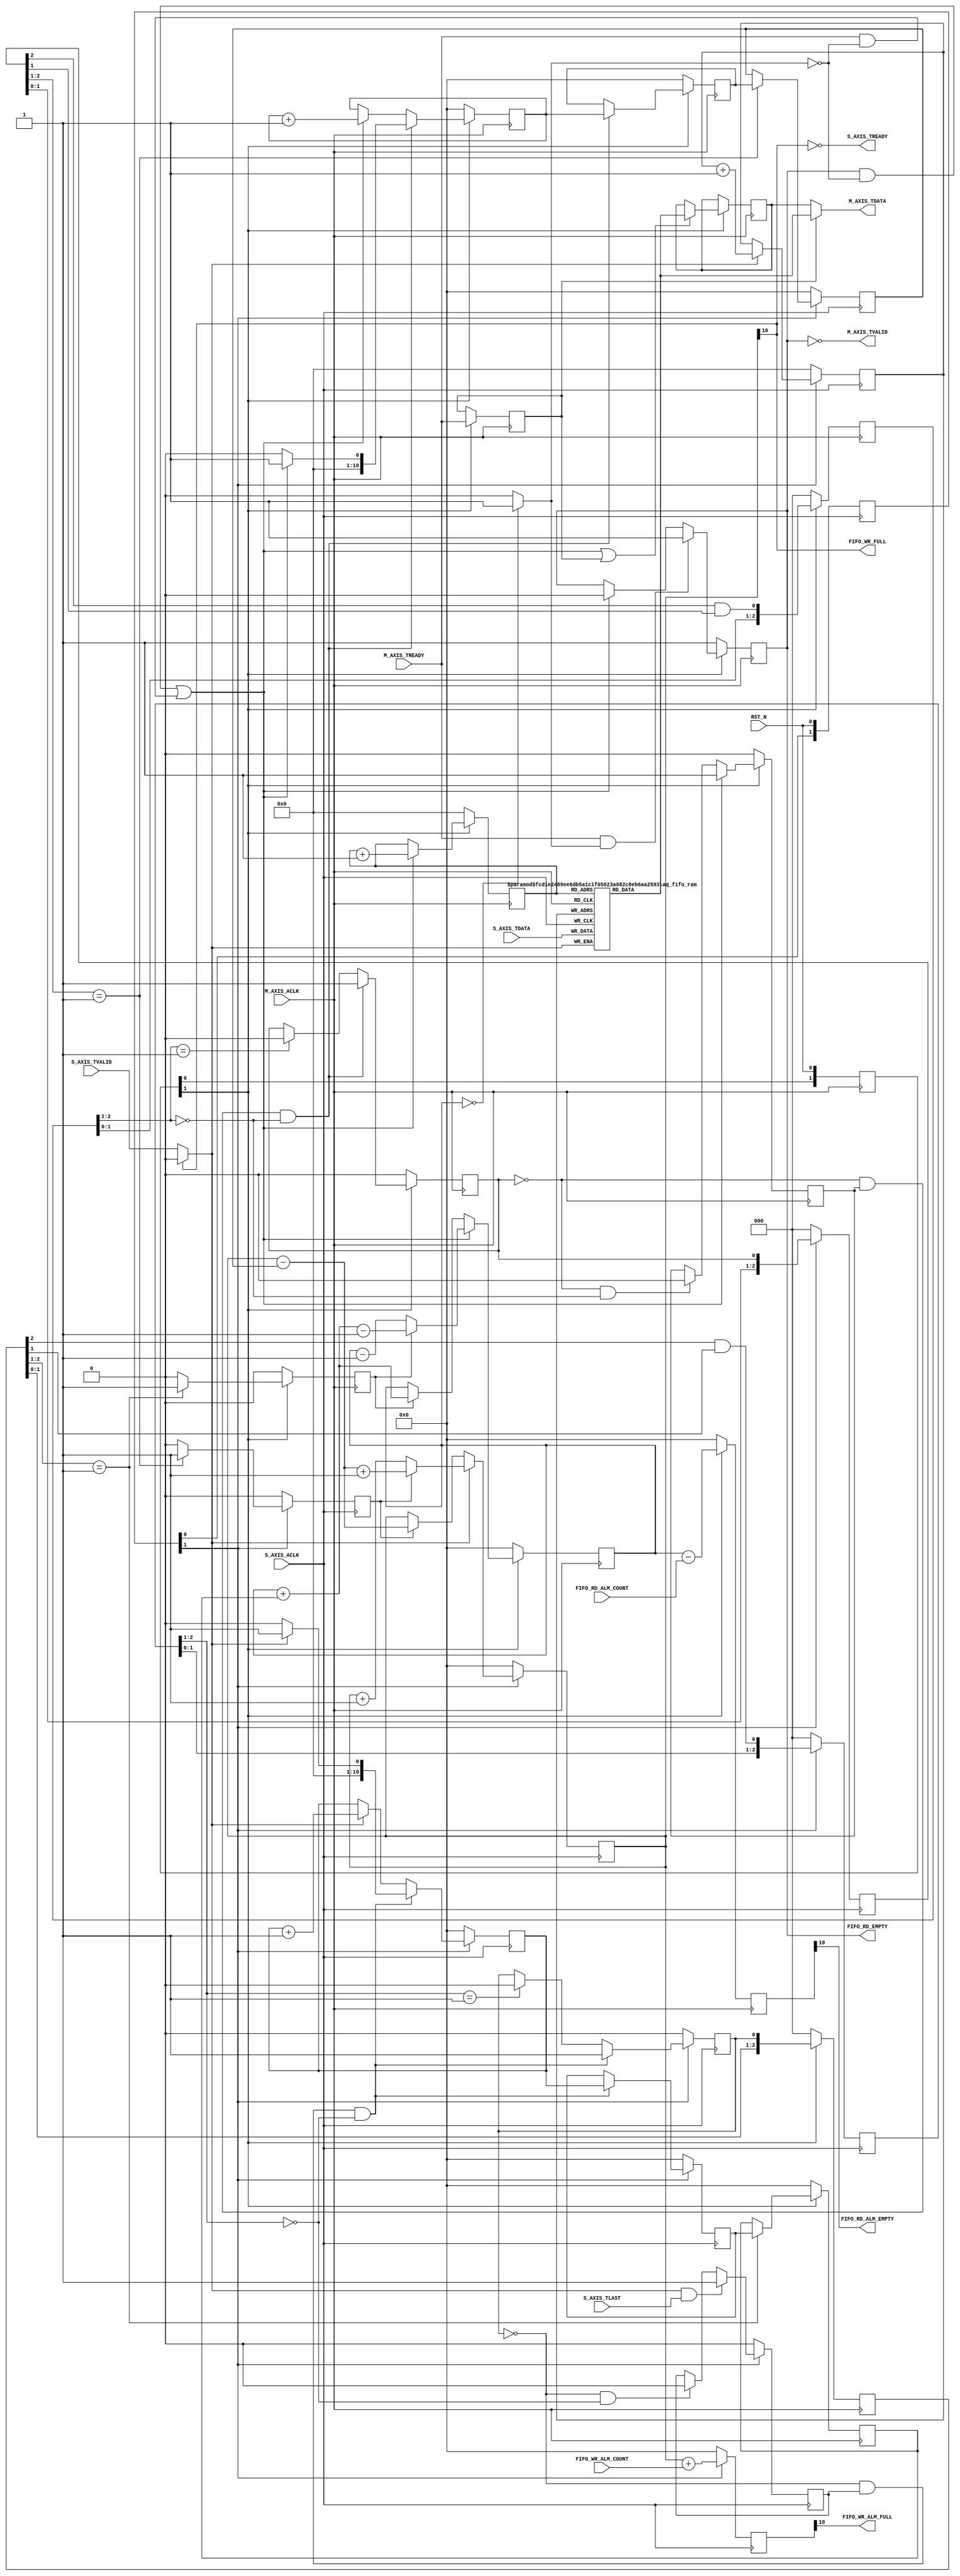
/*
 * Don't remove this header.
 * When you use this source, there is a need to inherit this header.
 *
 * Copyright (C)2007-2021 AQUAXIS TECHNOLOGY.
 *
 * License: MIT License
 *
 * For further information please contact.
 *  URI:    http://www.aquaxis.com/
 */
module aq_fifo
#(
  parameter FIFO_DEPTH  = 10,
  parameter FIFO_WIDTH  = 64
)
(
  input                     RST_N,

  input                     S_AXIS_ACLK,
  input                     S_AXIS_TVALID,
  output                    S_AXIS_TREADY,
  input                     S_AXIS_TLAST,
  input [FIFO_WIDTH -1:0]   S_AXIS_TDATA,

  output                    FIFO_WR_FULL,
  output                    FIFO_WR_ALM_FULL,
  input [FIFO_DEPTH -1:0]   FIFO_WR_ALM_COUNT,

  input                     M_AXIS_ACLK,
  output                    M_AXIS_TVALID,
  input                     M_AXIS_TREADY,
  output [FIFO_WIDTH -1:0]  M_AXIS_TDATA,

  output                    FIFO_RD_EMPTY,
  output                    FIFO_RD_ALM_EMPTY,
  input [FIFO_DEPTH -1:0]   FIFO_RD_ALM_COUNT
);

  reg [1:0]                 reg_wr_rst_n, reg_rd_rst_n;
  wire                      wr_rst_n, rd_rst_n;

  always @(posedge S_AXIS_ACLK) begin
    reg_wr_rst_n <= {reg_wr_rst_n[0], RST_N};
  end
  assign wr_rst_n = reg_wr_rst_n[1];

  always @(posedge M_AXIS_ACLK) begin
    reg_rd_rst_n <= {reg_rd_rst_n[0], RST_N};
  end
  assign rd_rst_n = reg_rd_rst_n[1];

  wire                      wr_ena, wr_full;
  reg                       wr_ena_req_pre, wr_ena_req;
  reg                       wr_rd_ena;
  reg [2:0]                 wr_rd_ena_d;
  wire                      wr_rd_ena_ack;
  reg                       wr_rd_empty;
  reg [FIFO_DEPTH -1:0]     wr_adrs;
  reg [FIFO_DEPTH :0]       wr_count, wr_alm_count, wr_count_req_pre, wr_count_req, wr_rd_count;

  wire                      rd_ena, rd_empty;
  reg                       rd_ena_d;
  reg                       rd_ena_req_pre, rd_ena_req;
  reg                       rd_wr_ena;
  reg [2:0]                 rd_wr_ena_d;
  wire                      rd_wr_ena_ack;
  reg                       rd_wr_full;
  reg [FIFO_DEPTH -1:0]     rd_adrs;
  reg [FIFO_DEPTH :0]       rd_count, rd_alm_count, rd_count_req_pre, rd_count_req, rd_wr_count;

  wire                      rsv_ena;
  reg                       rsv_empty;
  reg [FIFO_WIDTH -1:0]     rsv_data;

  wire [FIFO_WIDTH -1:0]    rd_fifo;

  /////////////////////////////////////////////////////////////////////
  // Write Block
  assign wr_full  = wr_count[FIFO_DEPTH];
  assign wr_ena   = (!wr_full)?(S_AXIS_TVALID):1'b0;

  // Write Address
  always @(posedge S_AXIS_ACLK) begin
    if(!wr_rst_n) begin
      wr_adrs        <= 0;
    end else begin
      if(wr_ena) wr_adrs  <= wr_adrs + 1;
    end
  end

  // make a full and almost full signal
  always @(posedge S_AXIS_ACLK) begin
    if(!wr_rst_n) begin
      wr_count      <= 0;
      wr_alm_count  <= 0;
    end else begin
      if(wr_ena) begin
        if(wr_rd_ena) begin
          wr_count  <= wr_count - wr_rd_count + 1;
        end else begin
          wr_count  <= wr_count + 1;
        end
      end else if(wr_rd_ena) begin
        wr_count    <= wr_count - wr_rd_count;
      end
      wr_alm_count  <= wr_count + {1'b0, FIFO_WR_ALM_COUNT};
    end
  end

  // Read Control signal from Read Block
   always @(posedge S_AXIS_ACLK) begin
    if(!wr_rst_n) begin
      wr_rd_count       <= {(FIFO_DEPTH+1){1'b0}};
      wr_rd_ena_d[2:0]  <= 3'd0;
      wr_rd_empty       <= 1'b0;
      wr_rd_ena         <= 1'b0;
    end else begin
      wr_rd_ena_d[2:0]  <= {wr_rd_ena_d[1:0], rd_ena_req};
      if(wr_rd_ena_d[2:1] == 2'b01) begin
        wr_rd_ena       <= 1'b1;
        wr_rd_count     <= rd_count_req;
        wr_rd_empty     <= rd_empty;
      end else begin
        wr_rd_ena       <= 1'b0;
      end
    end
  end
  assign wr_rd_ena_ack  = wr_rd_ena_d[2] & wr_rd_ena_d[1];

  // Send a write enable signal for Read Block
  reg [2:0] wr_rd_ack_d;
  always @(posedge S_AXIS_ACLK) begin
    if(!wr_rst_n) begin
      wr_ena_req_pre    <= 1'b0;
      wr_ena_req        <= 1'b0;
      wr_count_req_pre  <= 0;
      wr_count_req      <= 0;
      wr_rd_ack_d       <= 3'd0;
    end else begin
      wr_rd_ack_d[2:0]  <= {wr_rd_ack_d[1:0], rd_wr_ena_ack};
      if(wr_ena & S_AXIS_TLAST) begin
        wr_ena_req_pre  <= 1'b1;
      end else if(~wr_ena_req & (wr_rd_ack_d[2:1] == 2'b00)) begin
        wr_ena_req_pre  <= 1'b0;
      end
      if(~wr_ena_req & wr_ena_req_pre & (wr_rd_ack_d[2:1] == 2'b00)) begin
        if(wr_ena) begin
          wr_count_req_pre  <= 1;
        end else begin
          wr_count_req_pre  <= 0;
        end
      end else if(wr_ena) begin
        wr_count_req_pre    <= wr_count_req_pre + 1;
      end
      if(~wr_ena_req & wr_ena_req_pre & (wr_rd_ack_d[2:1] == 2'b00)) begin
        wr_ena_req    <= 1'b1;
        wr_count_req  <= wr_count_req_pre;
      end else if(wr_rd_ack_d[2:1] == 2'b01) begin
        wr_ena_req    <= 1'b0;
      end
    end
  end

  // output signals
  assign S_AXIS_TREADY      = ~wr_count[FIFO_DEPTH];
  assign FIFO_WR_FULL       = wr_count[FIFO_DEPTH];
  assign FIFO_WR_ALM_FULL   = wr_alm_count[FIFO_DEPTH];

  /////////////////////////////////////////////////////////////////////
  // Read Block
  assign rd_empty = (rd_count == 0)?1'b1:1'b0;
  assign rsv_ena  = rsv_empty & ~rd_empty;
  assign rd_ena   = rsv_ena | (M_AXIS_TREADY & ~rd_empty);

  // Read Address
  always @(posedge M_AXIS_ACLK) begin
    if(!rd_rst_n) begin
      rd_adrs    <= 0;
    end else begin
      if(rd_ena) begin
        rd_adrs  <= rd_adrs + 1;
      end
    end
  end

  // make a empty and almost empty signal
  always @(posedge M_AXIS_ACLK) begin
    if(!rd_rst_n) begin
      rd_count      <= 0;
      rd_alm_count  <= 0;
    end else begin
      if(rd_ena) begin
        if(rd_wr_ena) begin
          rd_count  <= rd_count + rd_wr_count - 1;
        end else begin
          rd_count  <= rd_count - 1;
        end
      end else if(rd_wr_ena) begin
        rd_count    <= rd_count + rd_wr_count;
      end
      rd_alm_count  <= rd_count - {1'b0, FIFO_RD_ALM_COUNT};
    end
  end

  // Write Control signal from Write Block
  always @(posedge M_AXIS_ACLK) begin
    if(!rd_rst_n) begin
      rd_wr_ena_d[2:0]  <= 3'd0;
      rd_wr_count       <= {(FIFO_DEPTH+1){1'b0}};
      rd_wr_full        <= 1'b0;
      rd_wr_ena         <= 1'b0;
    end else begin
      rd_wr_ena_d[2:0]  <= {rd_wr_ena_d[1:0], wr_ena_req};
      if(rd_wr_ena_d[2:1] == 2'b01) begin
        rd_wr_ena       <= 1'b1;
        rd_wr_count     <= wr_count_req;
        rd_wr_full      <= wr_count[FIFO_DEPTH];
      end else begin
        rd_wr_ena       <= 1'b0;
      end
    end
  end

  // Write enable signal from write block
  assign rd_wr_ena_ack  = rd_wr_ena_d[2] & rd_wr_ena_d[1];

  // Send a read enable signal for Write Block
  reg [2:0] rd_wr_ack_d;
  always @(posedge M_AXIS_ACLK) begin
    if(!rd_rst_n) begin
      rd_ena_req_pre    <= 1'b0;
      rd_ena_req        <= 1'b0;
      rd_count_req      <= {(FIFO_DEPTH+1){1'b0}};
      rd_count_req_pre  <= {(FIFO_DEPTH+1){1'b0}};
      rd_wr_ack_d[2:0]  <= 3'd0;
    end else begin
      rd_wr_ack_d[2:0]  <= {rd_wr_ack_d[1:0], wr_rd_ena_ack};
      if(rd_ena) begin
        rd_ena_req_pre  <= 1'b1;
      end else if(~rd_ena_req & (rd_wr_ack_d[2:1] == 2'd00)) begin
        rd_ena_req_pre  <= 1'b0;
      end
      if(~rd_ena_req & rd_ena_req_pre & (rd_wr_ack_d[2:1] == 2'd00)) begin
        if(rd_ena) begin
          rd_count_req_pre  <= 1;
        end else begin
          rd_count_req_pre  <= 0;
        end
      end else if(rd_ena) begin
        rd_count_req_pre  <= rd_count_req_pre + 1;
      end
      if(~rd_ena_req & rd_ena_req_pre & (rd_wr_ack_d[2:1] == 2'd00)) begin
        rd_ena_req    <= 1'b1;
        rd_count_req  <= rd_count_req_pre;
      end else if(rd_wr_ack_d[2:1] == 2'b01) begin
        rd_ena_req    <= 1'b0;
      end
    end
  end

  /////////////////////////////////////////////////////////////////////
  // Resetve Block
  always @(posedge M_AXIS_ACLK) begin
    if(!rd_rst_n) begin
      rsv_empty   <= 1'b1;
    end else begin
      rd_ena_d    <= M_AXIS_TREADY;
      if(rd_ena | rd_ena_d) begin
        rsv_data  <= rd_fifo;
      end

      if(M_AXIS_TREADY & rd_empty) begin
        rsv_empty <= 1'b1;
      end else if(rd_ena) begin
        rsv_empty <= 1'b0;
      end
    end
  end

  // output signals
  assign M_AXIS_TVALID      = ~rsv_empty;
  assign M_AXIS_TDATA       = (rd_ena_d)?rd_fifo:rsv_data;
  assign FIFO_RD_EMPTY      = rsv_empty;
  assign FIFO_RD_ALM_EMPTY  = rd_alm_count[FIFO_DEPTH];

  /////////////////////////////////////////////////////////////////////
  // RAM
  aq_fifo_ram
  #(
    .DEPTH( FIFO_DEPTH ),
    .WIDTH( FIFO_WIDTH )
  )
  u_aq_axis_fifo_ram
  (
    .WR_CLK  ( S_AXIS_ACLK  ),
    .WR_ENA  ( wr_ena       ),
    .WR_ADRS ( wr_adrs      ),
    .WR_DATA ( S_AXIS_TDATA ),

    .RD_CLK  ( M_AXIS_ACLK  ),
    .RD_ADRS ( rd_adrs      ),
    .RD_DATA ( rd_fifo      )
  );

endmodule

module aq_fifo_ram
#(
  parameter DEPTH  = 12,
  parameter WIDTH  = 32
)
(
  input               WR_CLK,
  input               WR_ENA,
  input [DEPTH -1:0]  WR_ADRS,
  input [WIDTH -1:0]  WR_DATA,

  input               RD_CLK,
  input [DEPTH -1:0]  RD_ADRS,
  output [WIDTH -1:0] RD_DATA
);
  reg [WIDTH -1:0]    ram [0:(2**DEPTH) -1];
  reg [WIDTH -1:0]    rd_reg;

  always @(posedge WR_CLK) begin
    if(WR_ENA) ram[WR_ADRS] <= WR_DATA;
  end

  always @(posedge RD_CLK) begin
    rd_reg <= ram[RD_ADRS];
  end

  assign RD_DATA = rd_reg;
endmodule